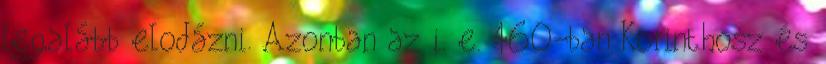
legalább elodázni. Azonban az i. e. 460-ban Korinthosz és